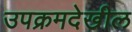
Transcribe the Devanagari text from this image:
उपक्रमदेखील